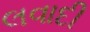
લવાદી